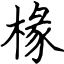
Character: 椽